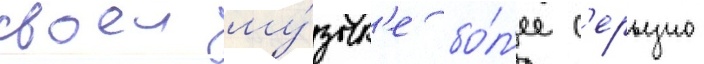
своеи му́зык'е бо́л'ее с'ерьезно